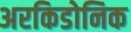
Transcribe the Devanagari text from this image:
अरकिडोनिक